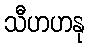
သီဟဟနု